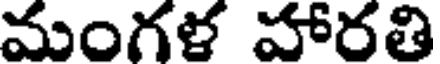
మంగళ హారతి